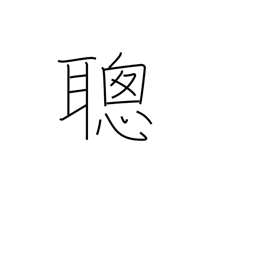
Meaning: fast learner